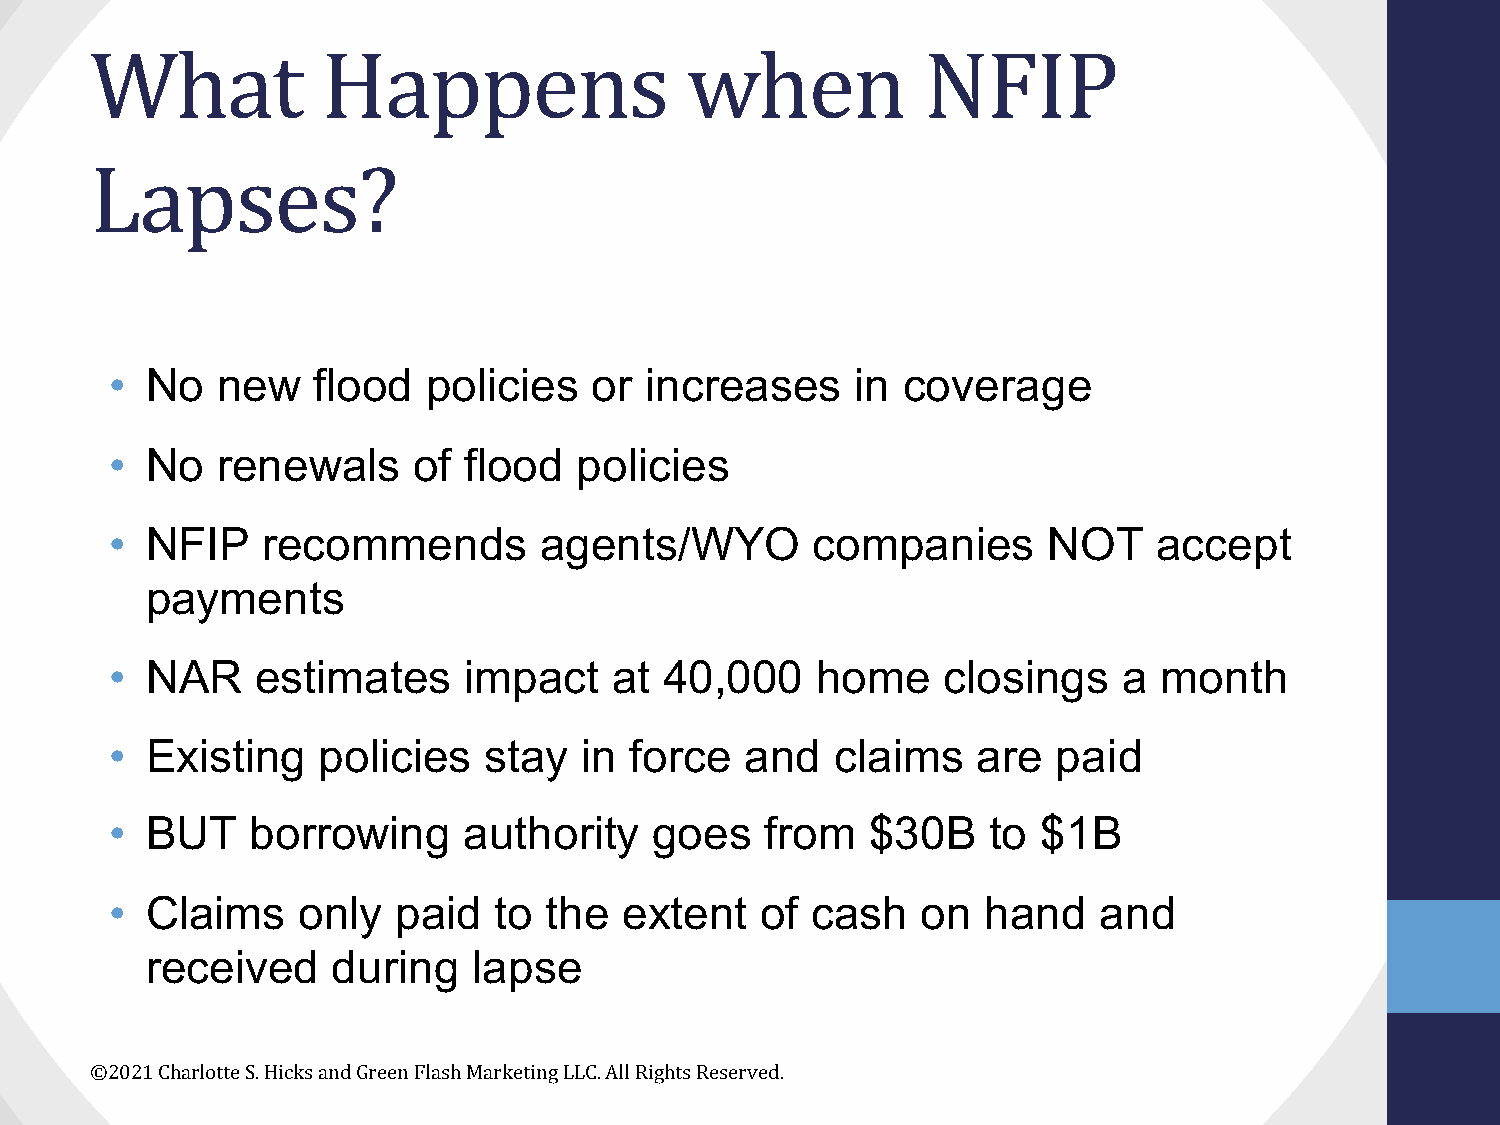
What           Happens                 when            NFIP
 Lapses?
 •  No  new    flood  policies   or  increases     in coverage
 •  No  renewals     of  flood  policies
 •  NFIP   recommends         agents/WYO        companies      NOT     accept
 payments
 •  NAR    estimates     impact    at 40,000    home     closings   a  month
 •  Existing   policies   stay   in force  and   claims    are  paid
 •  BUT    borrowing     authority   goes    from   $30B    to $1B
 •  Claims    only  paid   to the  extent   of  cash   on  hand    and
 received    during   lapse
 ©2021 Charlotte S. Hicks and Green Flash Marketing LLC. All Rights Reserved.